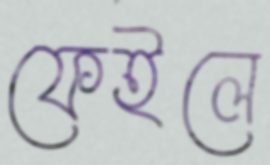
ফেইলে